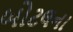
બોટલના